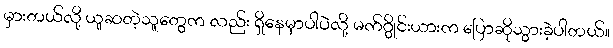
မှားတယ်လို့ ယူဆတဲ့သူတွေက လည်း ရှိနေမှာပါပဲလို့ မက်ဂွိုင်းယားက ပြောဆိုသွားခဲ့ပါတယ်။